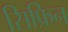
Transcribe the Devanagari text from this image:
सिफ्रिन